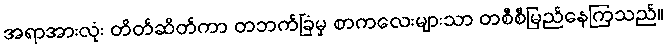
အရာအားလုံး တိတ်ဆိတ်ကာ တဘက်ခြံမှ စာကလေးများသာ တစီစီမြည်နေကြသည်။